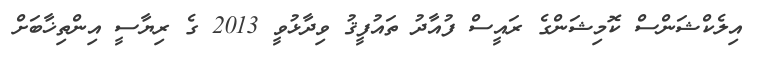
އިލެކްޝަންސް ކޮމިޝަންގެ ރައީސް ފުއާދު ތައުފީޤު ވިދާޅުވީ 2013 ގެ ރިޔާސީ އިންތިޚާބަށް